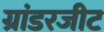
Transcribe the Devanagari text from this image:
ग्रांडरजीट